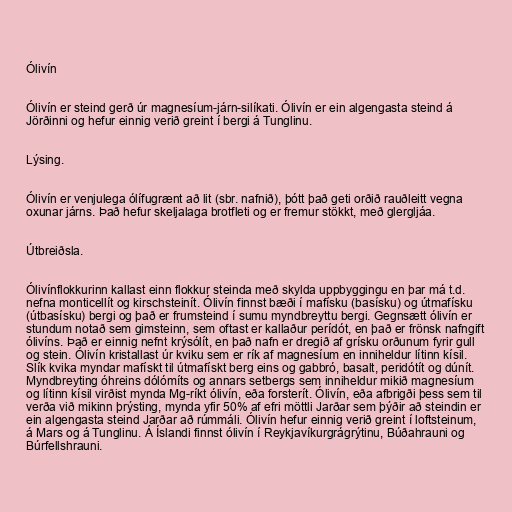
Ólivín

Ólivín er steind gerð úr magnesíum-járn-silíkati. Ólivín er ein algengasta steind á
Jörðinni og hefur einnig verið greint í bergi á Tunglinu.

Lýsing.

Ólivín er venjulega ólífugrænt að lit (sbr. nafnið), þótt það geti orðið rauðleitt vegna
oxunar járns. Það hefur skeljalaga brotfleti og er fremur stökkt, með glergljáa.

Útbreiðsla.

Ólivínflokkurinn kallast einn flokkur steinda með skylda uppbyggingu en þar má t.d.
nefna monticellít og kirschsteinít. Ólivín finnst bæði í mafísku (basísku) og útmafísku
(útbasísku) bergi og það er frumsteind í sumu myndbreyttu bergi. Gegnsætt ólivín er
stundum notað sem gimsteinn, sem oftast er kallaður perídót, en það er frönsk nafngift
ólivíns. Það er einnig nefnt krýsólít, en það nafn er dregið af grísku orðunum fyrir gull
og stein. Ólivín kristallast úr kviku sem er rík af magnesíum en inniheldur lítinn kísil.
Slík kvika myndar mafískt til útmafískt berg eins og gabbró, basalt, peridótít og dúnít.
Myndbreyting óhreins dólómíts og annars setbergs sem inniheldur mikið magnesíum
og lítinn kísil virðist mynda Mg-ríkt ólivín, eða forsterít. Ólivín, eða afbrigði þess sem til
verða við mikinn þrýsting, mynda yfir 50% af efri möttli Jarðar sem þýðir að steindin er
ein algengasta steind Jarðar að rúmmáli. Ólivín hefur einnig verið greint í loftsteinum,
á Mars og á Tunglinu. Á Íslandi finnst ólivín í Reykjavíkurgrágrýtinu, Búðahrauni og
Búrfellshrauni.